Indian journal of veterinary science and animal husbandry - Volume 7,
Year: 1937
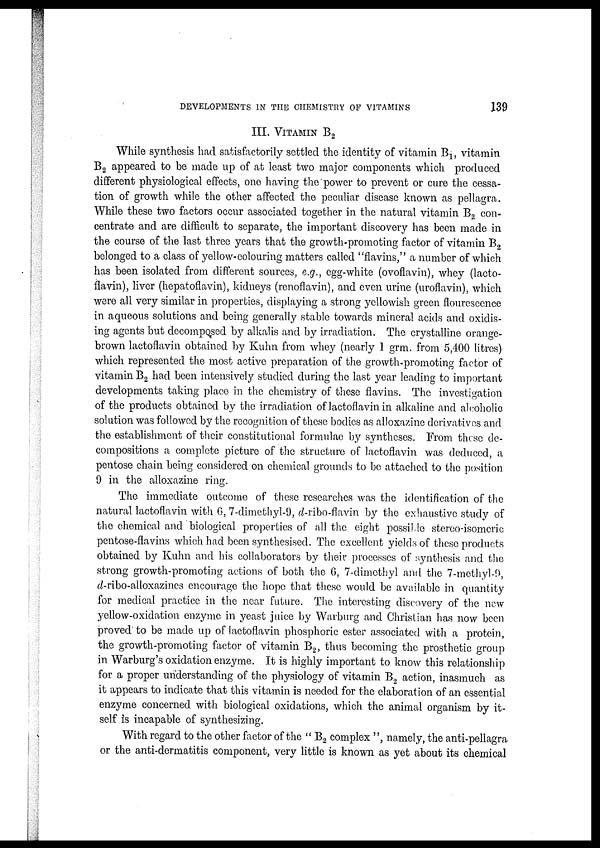
DEVELOPMENTS IN THE CHEMISTRY OF VITAMINS
139
III. VITAMIN B 2
While synthesis had satisfactorily settled the identity of vitamin B 1 , vitamin
B 2 appeared to be made up of at least two major components which produced
different physiological effects, one having the power to prevent or cure the cessa-
tion of growth while the other affected the peculiar disease known as pellagra.
While these two factors occur associated together in the natural vitamin B 2 con-
centrate and are difficult to separate, the important discovery has been made in
the course of the last three years that the growth-promoting factor of vitamin B 2
belonged to a class of yellow-colouring matters called "flavins," a number of which
has been isolated from different sources, e.g., egg-white (ovoflavin), whey (lacto-
flavin), liver (hepatoflavin), kidneys (renoflavin), and even urine (uroflavin), which
were all very similar in properties, displaying a strong yellowish green flourescence
in aqueous solutions and being generally stable towards mineral acids and oxidis-
ing agents but decomposed by alkalis and by irradiation. The crystalline orange-
brown lactoflavin obtained by Kuhn from whey (nearly 1 grm. from 5,400 litres)
which represented the most active preparation of the growth-promoting factor of
vitamin B 2 had been intensively studied during the last year leading to important
developments taking place in the chemistry of these flavins. The investigation
of the products obtained by the irradiation of lactoflavin in alkaline and alcoholic
solution was followed by the recognition of these bodies as alloxazine derivatives and
the establishment of their constitutional formulae by syntheses. From these de-
compositions a complete picture of the structure of lactoflavin was deduced, a
pentose chain being considered on chemical grounds to be attached to the position
9 in the alloxazine ring.
The immediate outcome of these researches was the identification of the
natural lactoflavin with 6, 7-dimethyl-9, d-ribo-flavin by the exhaustive study of
the chemical and biological properties of all the eight possible stereo-isomeric
pentose-flavins which had been synthesised. The excellent yields of these products
obtained by Kuhn and his collaborators by their processes of synthesis and the
strong growth-promoting actions of both the 6, 7-dimethyl and the 7-methyl-9,
d-ribo-alloxazines encourage the hope that these would be available in quantity
for medical practice in the near future. The interesting discovery of the new
yellow-oxidation enzyme in yeast juice by Warburg and Christian has now been
proved to be made up of lactoflavin phosphoric ester associated, with a protein,
the growth-promoting factor of vitamin B 2 , thus becoming the prosthetic group
in Warburg's oxidation enzyme. It is highly important to know this relationship
for a proper understanding of the physiology of vitamin B 2 action, inasmuch as
it appears to indicate that this vitamin is needed for the elaboration of an essential
enzyme concerned with biological oxidations, which the animal organism by it-
self is incapable of synthesizing.
With regard to the other factor of the " B 2 complex ", namely, the anti-pellagra
or the anti-dermatitis component, very little is known as yet about its chemical